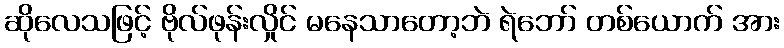
ဆိုလေသဖြင့် ဗိုလ်ဖုန်းလှိုင် မနေသာတော့ဘဲ ရဲဘော် တစ်ယောက် အား